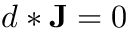
d * \mathbf { J } = 0